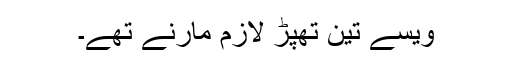
ویسے تین تھپڑ لازم مارنے تھے۔